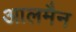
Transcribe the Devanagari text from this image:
आलमैन